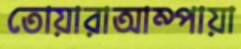
তোয়ারাআম্পায়া